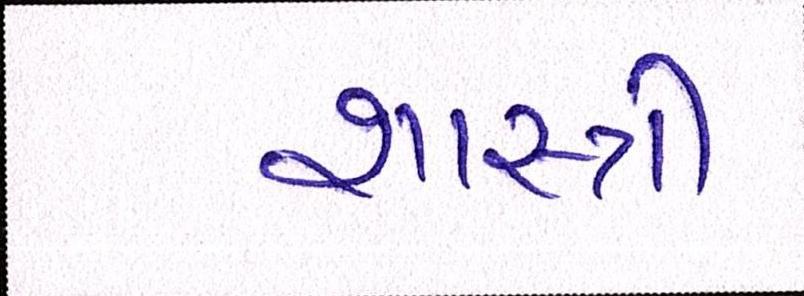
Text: શાસ્ત્રી